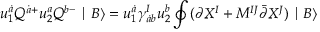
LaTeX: u _ { 1 } ^ { \dot { a } } Q ^ { \dot { a } + } u _ { 2 } ^ { a } Q ^ { b - } \mid B \rangle = u _ { 1 } ^ { \dot { a } } \gamma _ { \dot { a } b } ^ { I } u _ { 2 } ^ { b } \oint ( \partial X ^ { I } + M ^ { I J } \bar { \partial } X ^ { J } ) \mid B \rangle